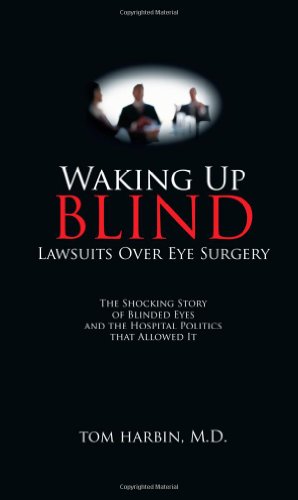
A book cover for Waking Up Blind - Lawsuits Over Eye Surgery; Tom Harbin MD; Health, Fitness & Dieting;